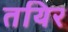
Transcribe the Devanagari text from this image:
तयिर